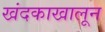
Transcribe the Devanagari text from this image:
खंदकाखालून